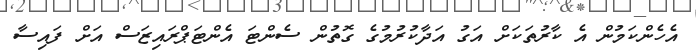
އެހެންކަމުން އެ ކާރުތަކަށް އަގު އަދާކުރުމުގެ ގޮތުން ސެންޓަ އެންޓަޕްރައިޒަސް އަށް ފައިސާ